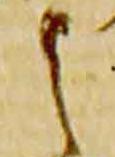
之